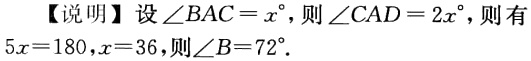
【说明】设\(\angle BAC = x^{\circ}\)，则\(\angle CAD = 2x^{\circ}\)，则有\(5x = 180\)，\(x = 36\)，则\(\angle B = 72^{\circ}\)．